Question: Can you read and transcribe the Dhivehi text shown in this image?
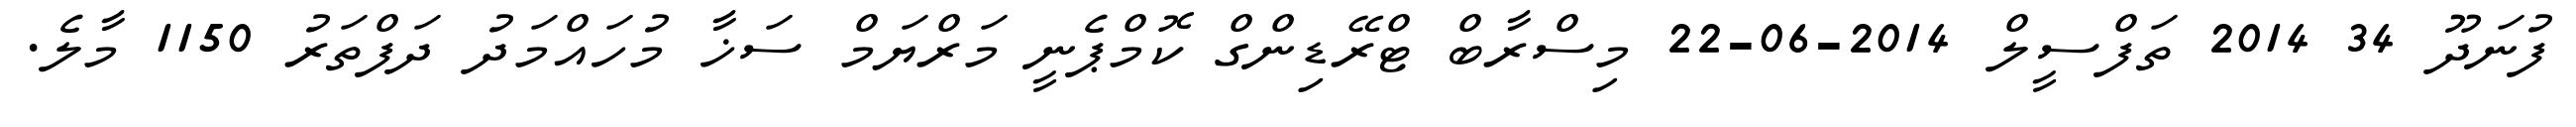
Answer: ފުނަދޫ 34 2014 ތަފްސީލް 2014-06-22 މިސްރާބް ޓްރޭޑިންގް ކޮމްޕެނީ މަރްޔަމް ސަޚާ މުހައްމަދު ދަފްތަރު 1150 މާލެ.